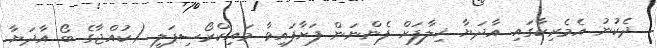
ދެކުނު އެމެރިކާގައި އާދަޔާ ޚިލާފަށް ފެންނަން ފަށާފައިވާ މައިކްރޯސިޕަލީ (ކުއްޖާގެ ބޯ އާދަޔާ